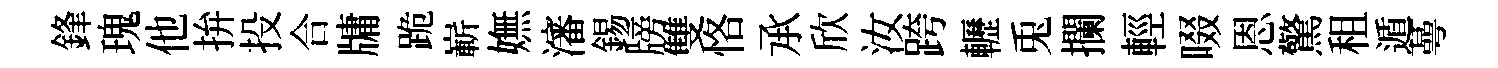
鋒瑰他拚投合牗跪嶄嫵瀋錫牓雙恪𠄘欣汝跨轣兎攔輕啜恩驚租遁蕚